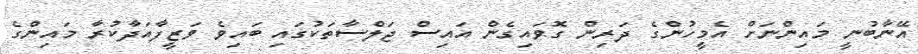
އޭނާބުނީ މައިންނަށް އެމީހުންގެ ދަރިން ގޮވައިގެން އައިސް ޖަލްސާތަކުގައި ބައިވެ ވަޒީފާއަދާކުރާ މައިންގެ